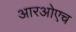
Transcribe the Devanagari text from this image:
आरओएच